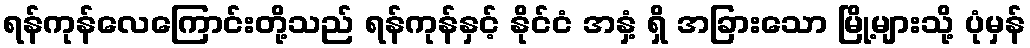
ရန်ကုန်လေကြောင်းတို့သည် ရန်ကုန်နှင့် နိုင်ငံ အနှံ့ ရှိ အခြားသော မြို့များသို့ ပုံမှန်